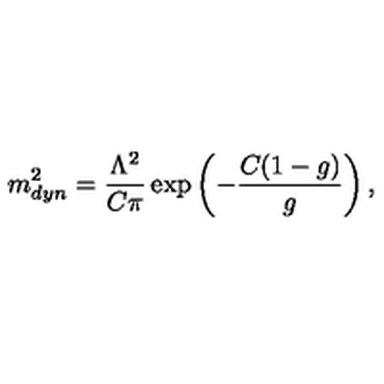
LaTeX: m _ { d y n } ^ { 2 } = \frac { \Lambda ^ { 2 } } { C \pi } \exp \left( - \frac { C ( 1 - g ) } { g } \right) ,